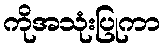
ကိုအသုံးပြုကာ